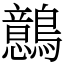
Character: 鷾